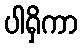
ပါရှိကာ